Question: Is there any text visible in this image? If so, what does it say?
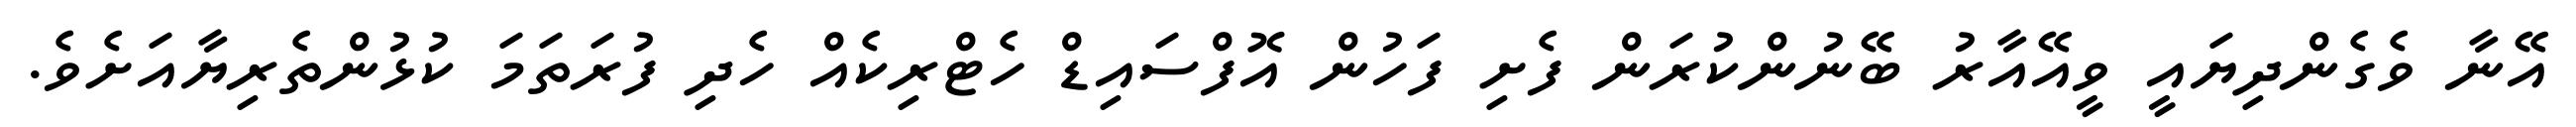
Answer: އޭނާ ވެގެންދިޔައީ ވީއޭއާރު ބޭނުންކުރަން ފެށި ފަހުން އޮފްސައިޑް ހެޓްރިކެއް ހެދި ފުރަތަމަ ކުޅުންތެރިޔާއަށެވެ.